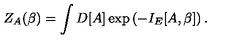
Z _ { A } ( \beta ) = \int D [ A ] \exp \left( - I _ { E } [ A , \beta ] \right) .